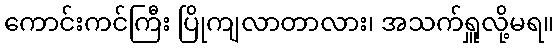
ကောင်းကင်ကြီး ပြိုကျလာတာလား၊ အသက်ရှူလို့မရ။